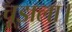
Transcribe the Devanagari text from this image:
चूडाला।